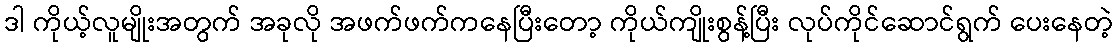
ဒါ ကိုယ့်လူမျိုးအတွက် အခုလို အဖက်ဖက်ကနေပြီးတော့ ကိုယ်ကျိုးစွန့်ပြီး လုပ်ကိုင်ဆောင်ရွက် ပေးနေတဲ့